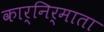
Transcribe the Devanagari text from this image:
कार्निर्माता